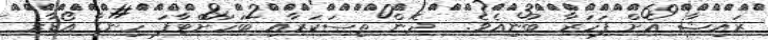
ރައިޝާ އެށް ފަހަރާ ބުނިއެވެ.  ދެން ތިސަކަރާއި ބަހަށްޓާފަ ހިނގާ އޯޑާރ